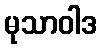
မုသာဝါဒ